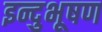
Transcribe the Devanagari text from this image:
इन्दुभूषण